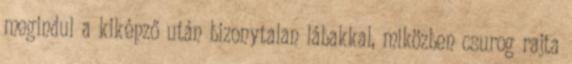
megindul a kiképző után bizonytalan lábakkal, miközben csurog rajta